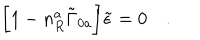
\biggl [ 1 - n _ { R } ^ { a } \tilde { \Gamma } _ { 0 a } \biggr ] \tilde { \epsilon } = 0 \quad .